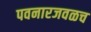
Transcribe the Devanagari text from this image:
पवनारजवळच